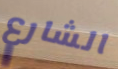
الشارع